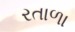
રતાળા